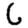
Digit: 6